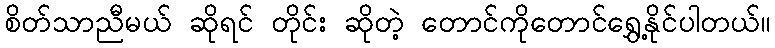
စိတ်သာညီမယ် ဆိုရင် တိုင်း ဆိုတဲ့ တောင်ကိုတောင်ရွှေ့နိုင်ပါတယ်။